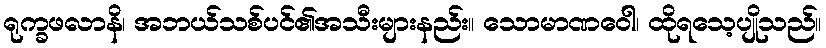
ရုက္ခဖလာနိ၊ အဘယ်သစ်ပင်၏အသီးများနည်း။ သောမာဏဝေါ၊ ထိုရသေ့ပျိုသည်။